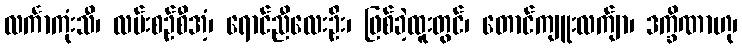
လင်္ကာကုံးသီ၊ လမ်းစဉ်စီအံ့၊ ရောင်ညီလေးဦး၊ ဖြစ်ခဲ့ထူးတွင်၊ တောင်ကျူးလက်ျာ၊ ဒက္ခိဏာဟု၊